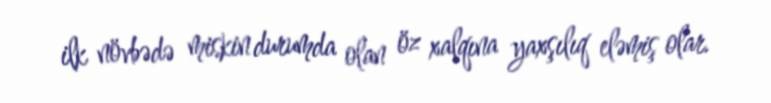
ilk növbədə miskin durumda olan öz xalqına yaxşılıq eləmiş olar.